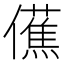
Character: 𫣾